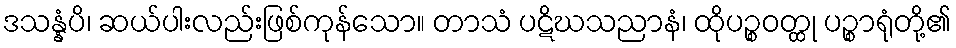
ဒသန္နံပိ၊ ဆယ်ပါးလည်းဖြစ်ကုန်သော။ တာသံ ပဋိဃသညာနံ၊ ထိုပဉ္စဝတ္ထု ပဉ္စာရုံတို့၏